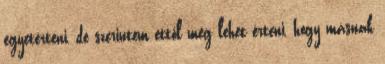
egyetérteni, de szerintem ettől még lehet érteni, hogy másnak